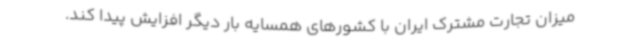
میزان تجارت مشترک ایران با کشورهای همسایه بار دیگر افزایش پیدا کند.